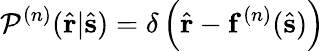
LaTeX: \mathcal{P}^{(n)}(\hat{{\mathbf{{r}}}}|\hat{{\mathbf{{s}}}})=\delta\left(\hat{{\mathbf{{r}}}}-\mathbf{{f}}^{(n)}(\hat{{\mathbf{{s}}}})\right)